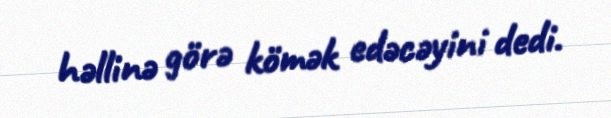
həllinə görə kömək edəcəyini dedi.